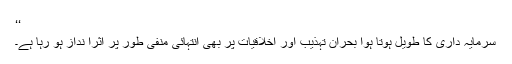
‘‘
سرمایہ داری کا طویل ہوتا ہوا بحران تہذیب اور اخلاقیات پر بھی انتہائی منفی طور پر اثرا نداز ہو رہا ہے۔